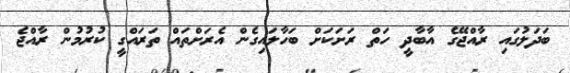
ބަދަލުގައި ރާއްޖޭގެ އާބާދީ ހަތް ރަށަކަށް ބަހާލައިގެން އެރަށްތައް ތަރައްގީ ކުރުމުން ރާއްޖެ